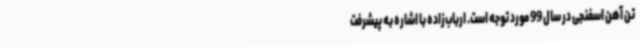
تن آهن اسفنجی در سال 99 مورد توجه است. ارباب‌زاده با اشاره به پیشرفت